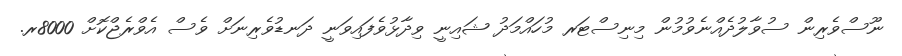
ނޫސްވެރިން ސުވާލުދެއްނެވުމުން މިނިސްޓަރ މުހައްމަދު ޝައިނީ ވިދާޅުވެފައިވަނީ ދަނޑުވެރިނަށް ވެސް އެވްރެޖްކޮށް 8000ރ.